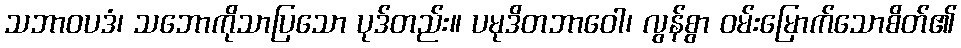
သဘာဝပဒံ၊ သဘောကိုသာပြသော ပုဒ်တည်း။ ပမုဒိတဘာဝေါ၊ လွန်စွာ ဝမ်းမြောက်သောစိတ်၏